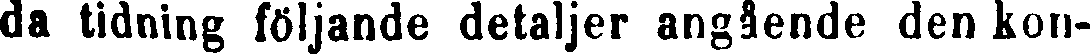
da tidning följande detaljer angående den kon-